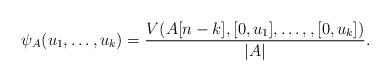
LaTeX: \begin{align*}\psi_A(u_1, \dots, u_k)=\frac{V(A[n-k],[0,u_1],\dots, ,[0,u_k])}{|A|}.\end{align*}